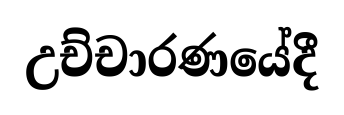
උච්චාරණයේදී